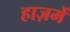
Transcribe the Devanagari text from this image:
हाज़में